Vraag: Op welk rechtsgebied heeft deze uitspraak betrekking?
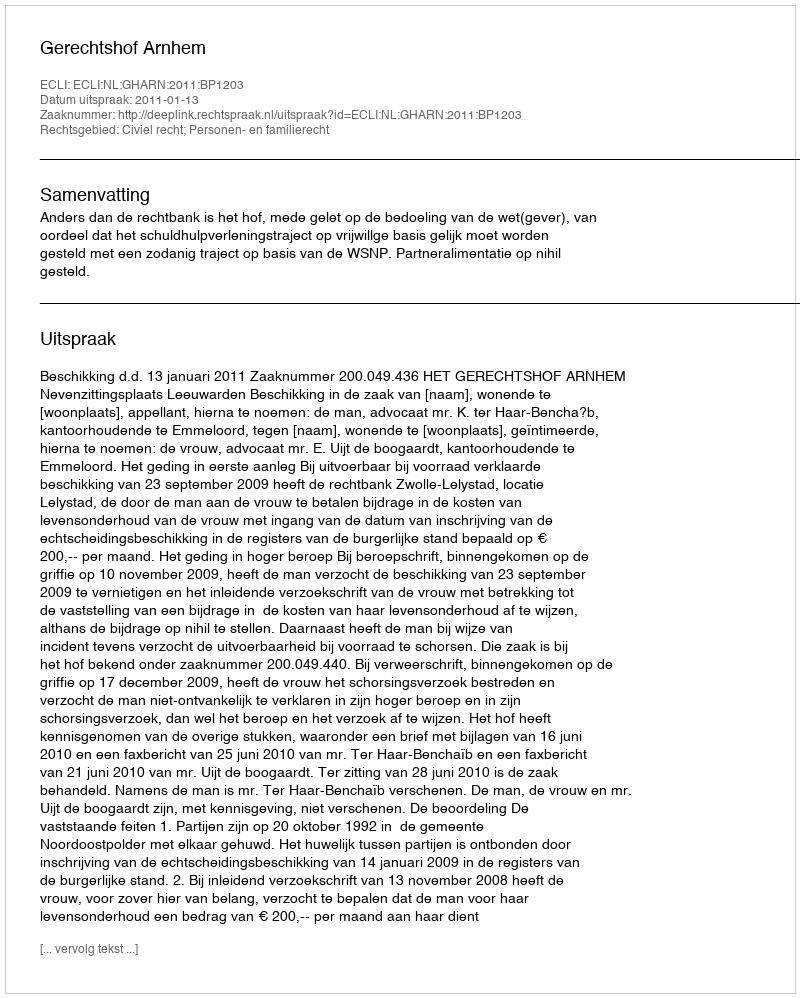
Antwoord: Civiel recht; Personen- en familierecht